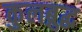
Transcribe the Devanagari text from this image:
कुलब्रुद्ध